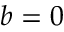
b = 0